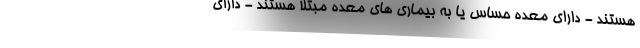
هستند - دارای معده حساس یا به بیماری های معده مبتلا هستند - دارای